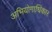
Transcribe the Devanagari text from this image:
अभियोगाधिकार